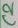
Text: C2